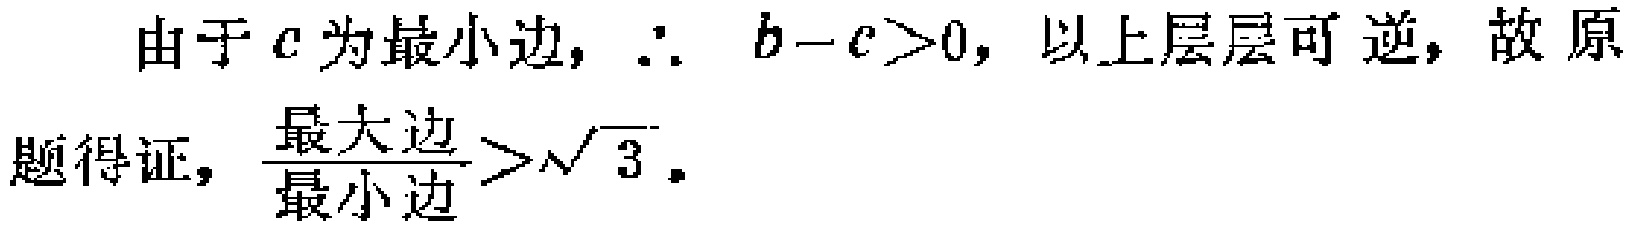
由于 \(c\) 为最小边，\(\therefore b - c>0\)，以上层层可逆，故原
题得证，\(\frac{最大边}{最小边}>\sqrt{3}\)。